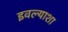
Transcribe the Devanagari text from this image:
इवल्याशा